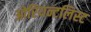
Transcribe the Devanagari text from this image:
ओरियन्टलिस्ट